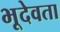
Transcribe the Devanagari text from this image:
भूदेवता